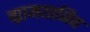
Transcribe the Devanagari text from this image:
ग्रामयाजिन